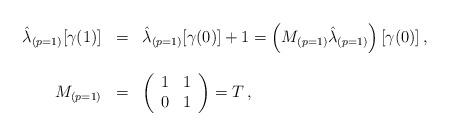
LaTeX: \begin{align*}\begin{array}{rcl}\hat{\lambda}_{(p=1)}[\gamma(1)] & = &\hat{\lambda}_{(p=1)}[\gamma(0)] +1= \left(M_{(p=1)} \hat{\lambda}_{(p=1)}\right) [\gamma(0)]\, , \\& & \\M_{(p=1)} & = &\left(\begin{array}{cc}1 & 1 \\0 & 1 \\\end{array}\right)=T\, , \\\end{array}\end{align*}